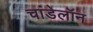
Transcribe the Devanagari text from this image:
चांडेलॉन